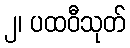
၂၊ ပထဝီသုတ်